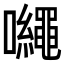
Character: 𡅠